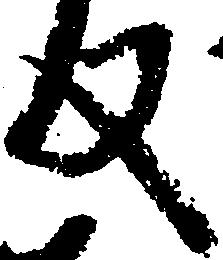
反